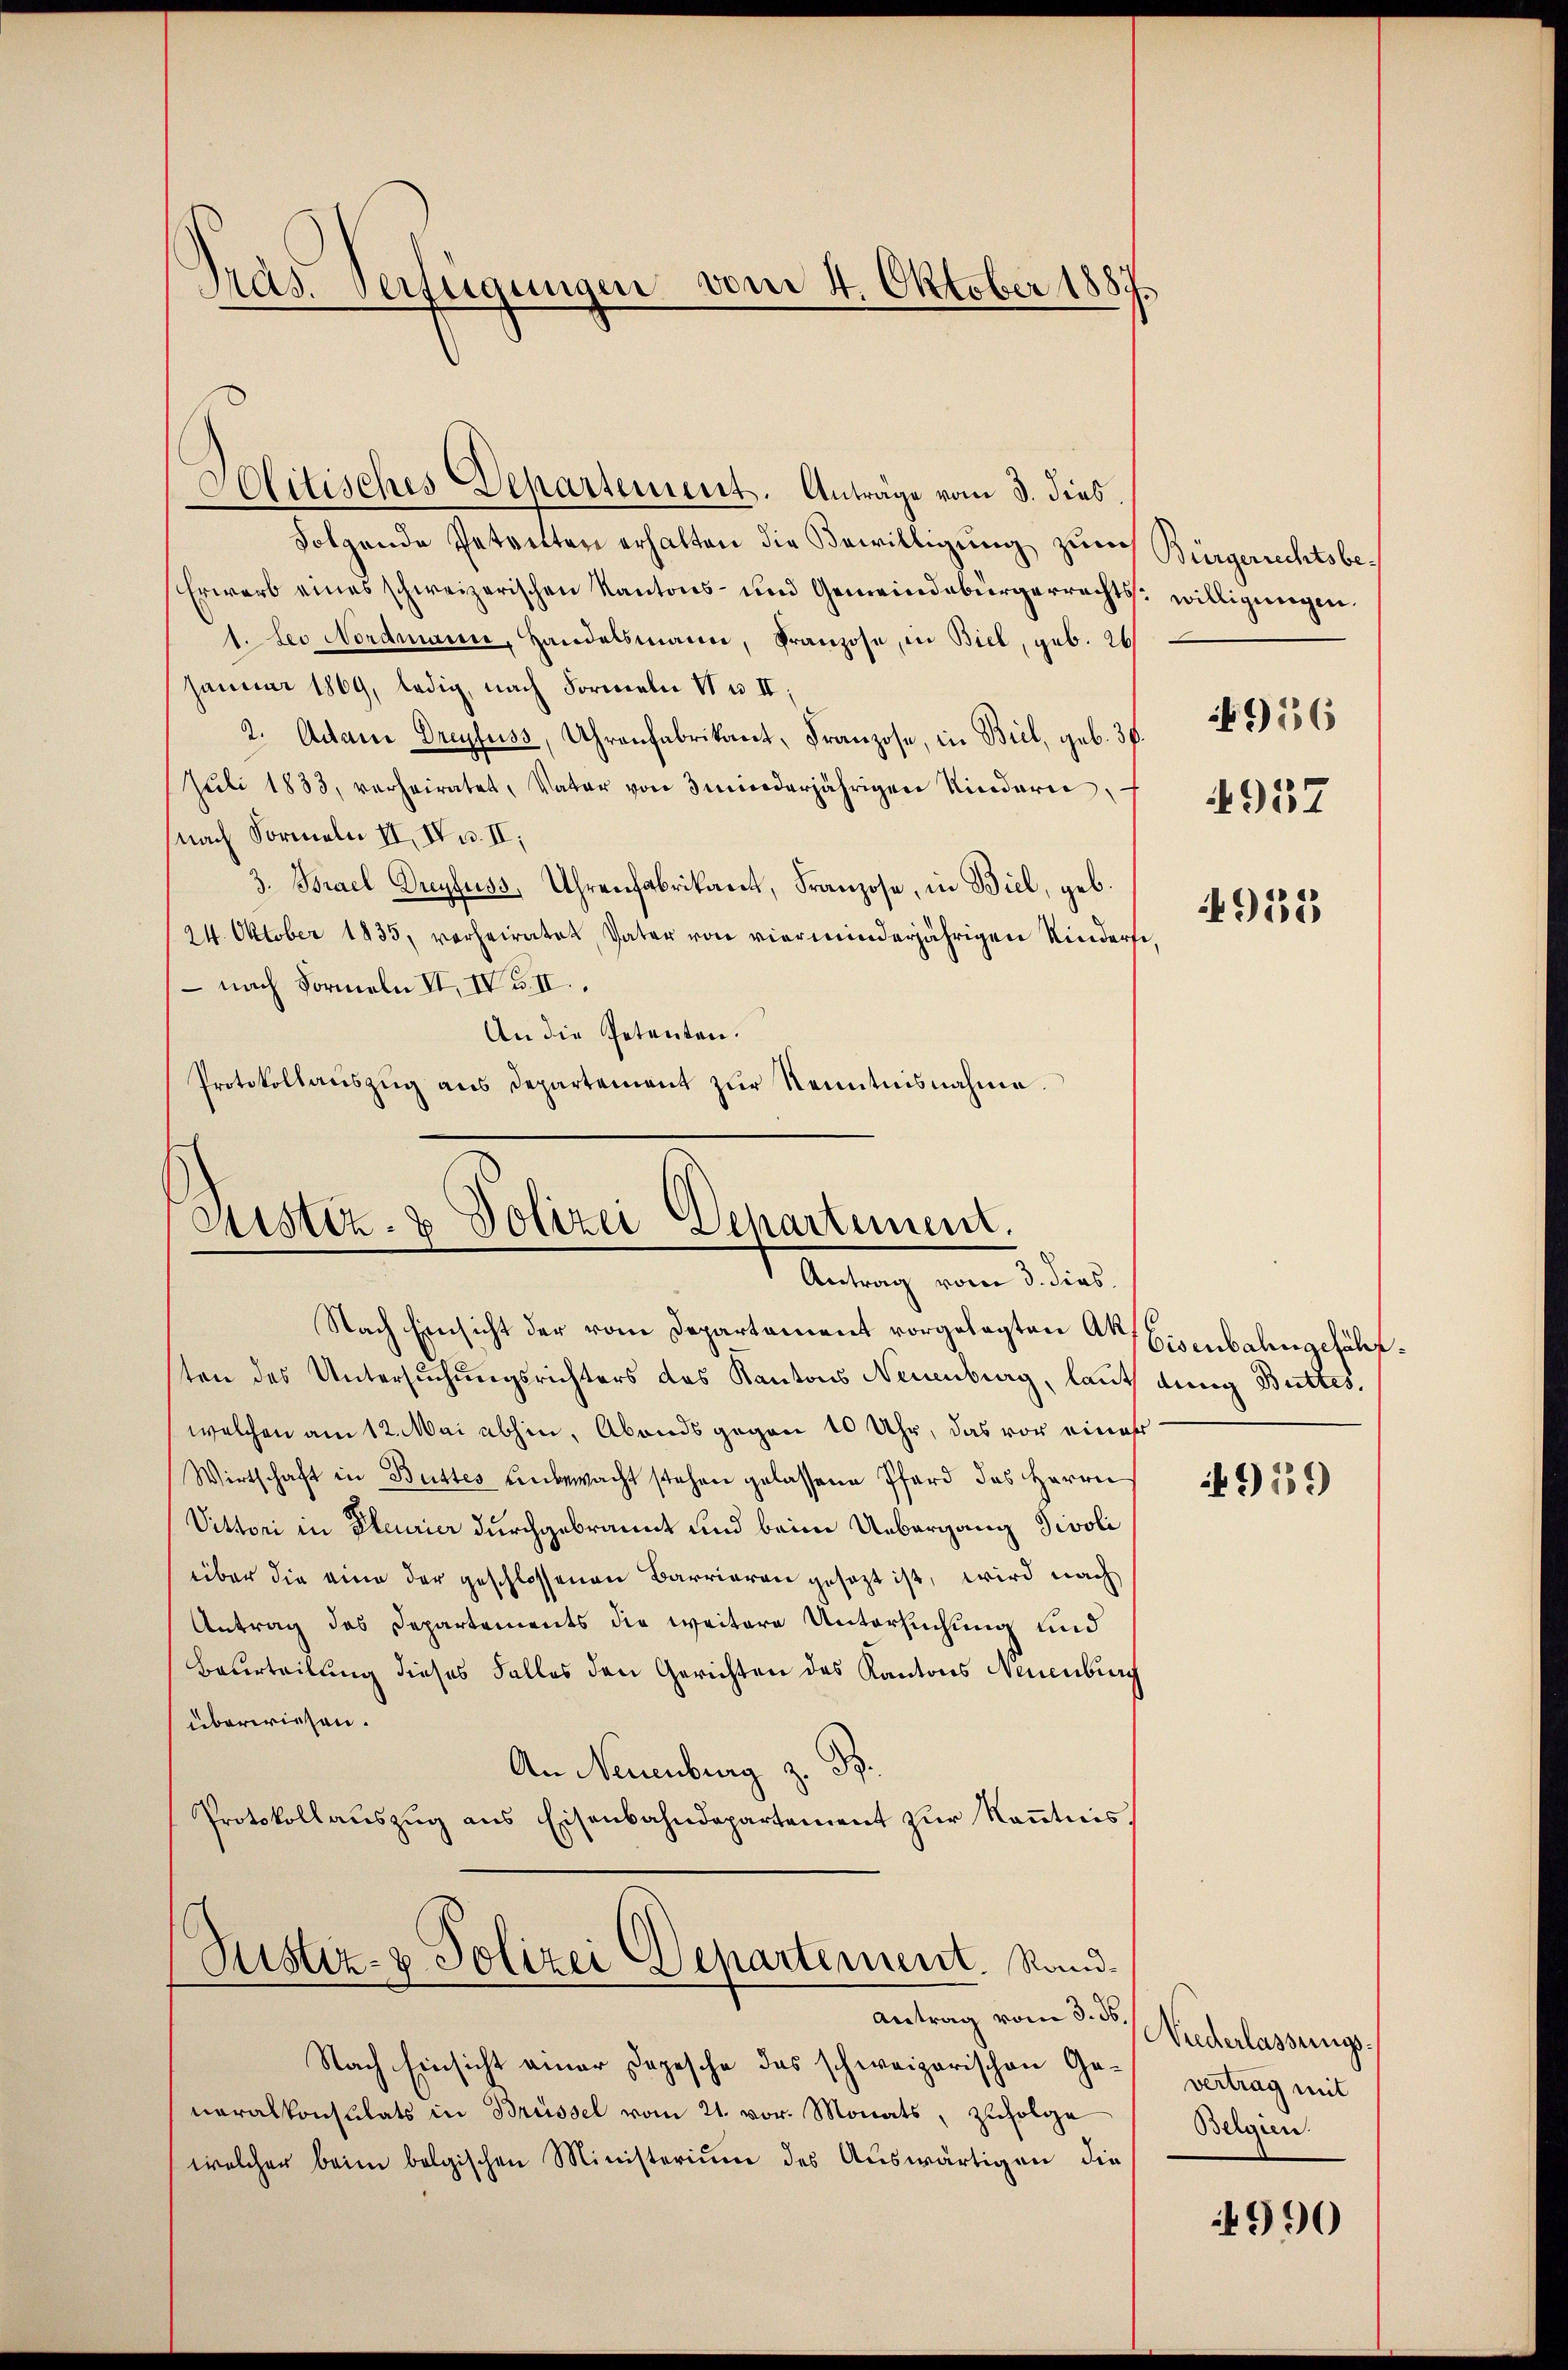
Präs. Verfügungen vom 4. Oktober 1887

Colitisches Departement. Anträge vom 3. dies.
Folgende Getretten erhalten die Bewilligŭng zum
Erwarb eines schweizerischen Kantons- und Gemeindebürgerrechts willigungen.
1. Sei Nordmann, Handelsmann, Franzose, in Biel, geb. 26
Jammer 1869, ledig, nach Formeln VI u. II,
2. Adam Dreyfuss, Uhrenfabrikant, Franzose, in Biel, geb. 36.
Jŭli 1833, verheiratet, Vater von 3 minderjährigen Kindern,
nach Formeln II, IV u. II,
3. Brael Dreyfuss, Uhrenfabrikant, Franzose, in Biel, geb.
24. Oktober 1835, verheiratet, Vater von vierminderjährigen Kinderse
 nach Formeln VII. IV u. II.
An die Petenten.
Protokollaŭszŭg ans Departement zŭr Kenntnisnahme.

Fristiz- & Polizei Departement.
Antrag vom 3. dies

Rustiz- & Polizei Departement. Sand¬
Antrag vom 3. ds.

Nach Einsicht der vom Departement vorgelegten Art. Eisenbahngefährten des Untersuchungsrichters das Kantons Neuenburg, laut ding Buttes.
welchen am 12. Mai abhin, Abends gegen 10 Uhr, das vor einer
Wirtschaft in Buttes unbewacht stehen gelassene Pferd des Herrn
Vittori in Pleurier durchgebrannt und beim Uebergang Tivoli
über die eine der geschlossenen Barrieren gesezt ist, wird nach
Antrag des Departements die weitere Untersuchung und
Beurteilung dieses Falles den Gerichten des Kantons Neuenburg
überwiesen.
An Neuenburg z. B.
Protokollaŭszŭg ans Eisenbahndepartement zŭr Keṅtnis,

Nach Einsicht einer Depesche das schweizerischen Ge- vertrag mit
neralkonsulats in Brüssel vom 21. vor. Monats, zufolge
welcher beim bolgischen Ministerium des Auswärtigen die

Bürgerrechtsbe¬
956

4957

4935

4919)

Niderlassungs¬
Belgien.

4990